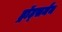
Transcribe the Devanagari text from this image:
ड्रॉट्समैन